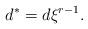
LaTeX: \begin{align*} d^* = d\xi^{r-1}.\end{align*}